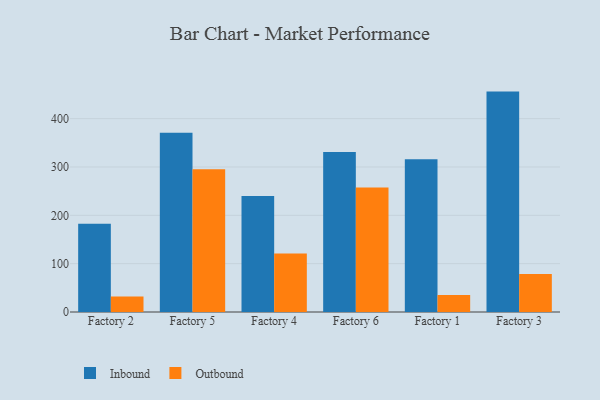
{"axis": {"x": "Factory", "y": "Population (Million)"}, "legend": ["Inbound", "Outbound"], "data": [{"x": "Factory 2", "y": 182.5, "type": "Inbound"}, {"x": "Factory 2", "y": 32.3, "type": "Outbound"}, {"x": "Factory 5", "y": 371.0, "type": "Inbound"}, {"x": "Factory 5", "y": 295.1, "type": "Outbound"}, {"x": "Factory 4", "y": 240.1, "type": "Inbound"}, {"x": "Factory 4", "y": 121.1, "type": "Outbound"}, {"x": "Factory 6", "y": 330.8, "type": "Inbound"}, {"x": "Factory 6", "y": 257.7, "type": "Outbound"}, {"x": "Factory 1", "y": 315.9, "type": "Inbound"}, {"x": "Factory 1", "y": 35.2, "type": "Outbound"}, {"x": "Factory 3", "y": 456.0, "type": "Inbound"}, {"x": "Factory 3", "y": 78.4, "type": "Outbound"}]}